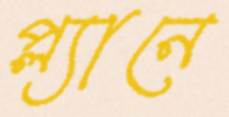
প্ল্যানে